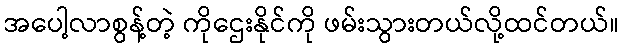
အပေါ့လာစွန့်တဲ့ ကိုဌေးနိုင်ကို ဖမ်းသွားတယ်လို့ထင်တယ်။